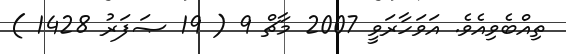
ތިއްބެވިއެވެ. އަވަހާރަވީ 2007 މާޗް 9 ( 19 ޞަފަރު 1428 )